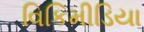
વિકિમીડિયા